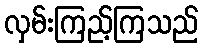
လှမ်းကြည့်ကြသည်